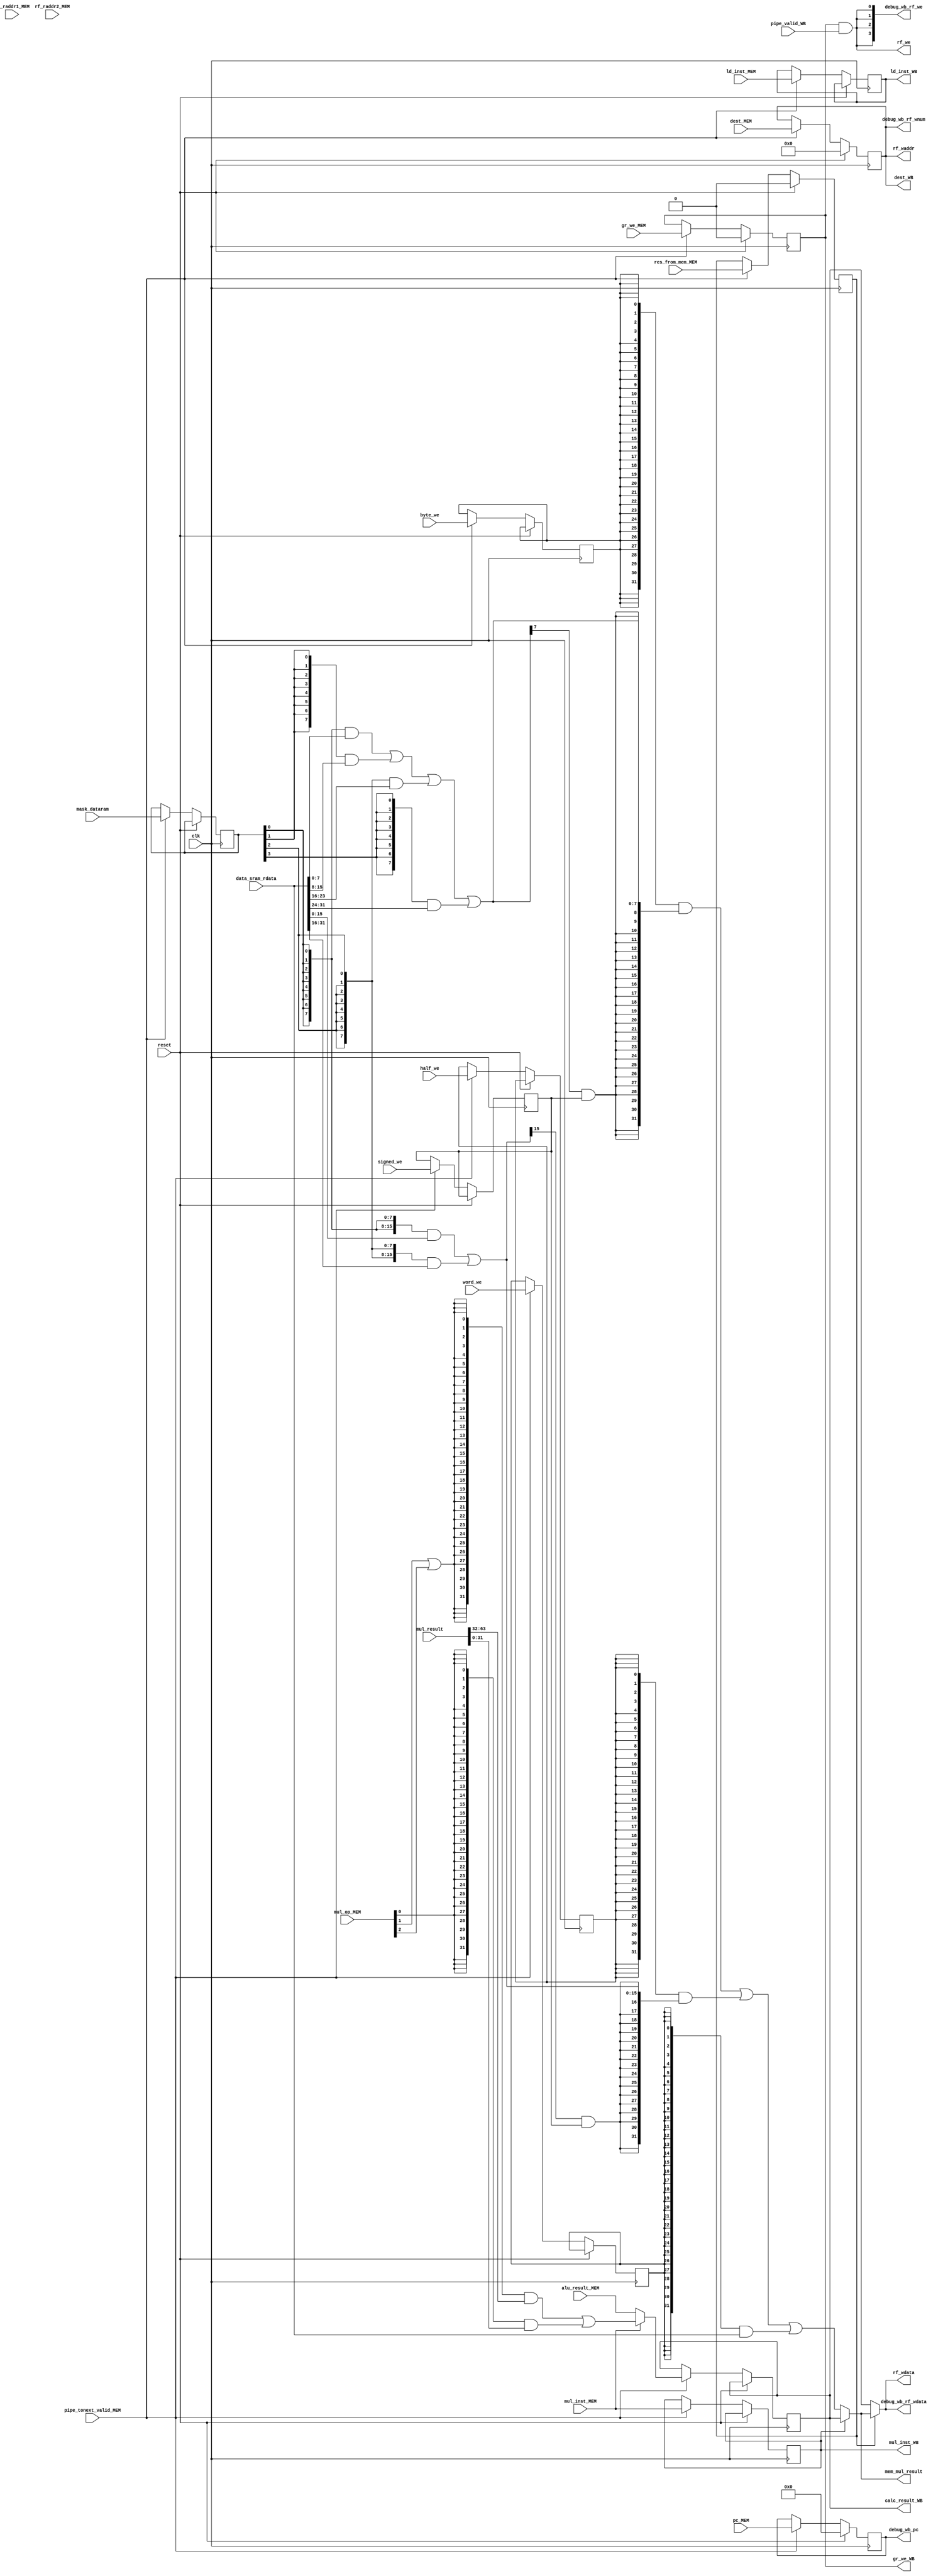
`define RADDR	5
`define BYTE	8
`define HALF	16
`define WORD	32
`define WIDTH	32
`define DWIDTH	64
`define R0		5'b00000

module stage_WB (
	input  wire                  clk,
	input  wire                  reset, // localized reset signal

	// input from stage controller
	input  wire                  pipe_tonext_valid_MEM, // allow WB stage to accept new instruction
	input  wire                  pipe_valid_WB, // WB stage is valid
	input  wire [`WIDTH - 1 : 0] data_sram_rdata,

	// input from MEM
	input  wire [`WIDTH - 1 : 0] pc_MEM, alu_result_MEM, 
	input  wire [`DWIDTH - 1: 0] mul_result,   // mul
	input  wire [`RADDR - 1 : 0] rf_raddr1_MEM, rf_raddr2_MEM, dest_MEM,
	input  wire [         3 : 0] mask_dataram,
	input  wire                  byte_we, half_we, word_we, signed_we,
	input  wire                  ld_inst_MEM,
	input  wire					 mul_inst_MEM, // mul
	input  wire  [		  2 : 0] mul_op_MEM, // mul
	input  wire                  res_from_mem_MEM, gr_we_MEM,

	// output
	output reg                   ld_inst_WB,
	output reg					 mul_inst_WB, // mul - to make mul treat as ld in forwarding
	output reg                   gr_we_WB,

	output wire                  rf_we,			// register file write enable
	output wire [`RADDR - 1 : 0] rf_waddr,		// register file write address
	output reg  [`RADDR - 1 : 0] dest_WB,			// destination register number
	output wire [`WIDTH - 1 : 0] rf_wdata,		// register file write data
	output reg  [`WIDTH - 1 : 0] calc_result_WB,	// ALU result
	output wire [`WIDTH - 1 : 0] mem_mul_result, 

	output wire [`WIDTH - 1 : 0] debug_wb_pc,			// debug info
	output wire [         3 : 0] debug_wb_rf_we,		// debug info
	output wire [`RADDR - 1 : 0] debug_wb_rf_wnum,	// debug info
	output wire [`WIDTH - 1 : 0] debug_wb_rf_wdata	// debug info
);

	/* --------------------------------------
		MEM -> WB
	-------------------------------------- */

	reg [`WIDTH - 1 : 0] pc_WB;
	// reg [`WIDTH - 1 : 0] alu_result_WB;
	// reg [`WIDTH - 1 : 0] mem_result_WB;

	// reg [4:0] rf_raddr1_WB;
	// reg [4:0] rf_raddr2_WB;
	// reg [4:0] dest_WB;

	reg [3:0] mask_dataram_WB;
	reg byte_we_WB;
	reg half_we_WB;
	reg word_we_WB;
	reg signed_we_WB;

	// reg ld_inst_WB;	// load
	reg res_from_mem_WB;
	// reg gr_we_WB;

	always @(posedge clk) begin
		if (reset) begin
			pc_WB         <= `WIDTH'h0;
			// alu_result_WB <= `WIDTH'h0;
			// mem_result_WB <= `WIDTH'h0;

			res_from_mem_WB <= 1'b0;
			gr_we_WB        <= 1'b0;
			dest_WB         <= `RADDR'h0;
		end
		else if (pipe_tonext_valid_MEM) begin
			pc_WB         <= pc_MEM;
			calc_result_WB <= mul_inst_MEM ? 
							( {`WIDTH{mul_op_MEM[1] | mul_op_MEM[2]}} & mul_result[`DWIDTH - 1 : `WIDTH]
							| {`WIDTH{mul_op_MEM[0]                }} & mul_result[`WIDTH  - 1 : 0     ] )
							: alu_result_MEM;
			// mem_result_WB <= mem_result;
			
			// rf_raddr1_WB <= rf_raddr1_MEM;
			// rf_raddr2_WB <= rf_raddr2_MEM;
			dest_WB         <= dest_MEM;

			mask_dataram_WB <= mask_dataram;
			byte_we_WB      <= byte_we;
			half_we_WB      <= half_we;
			word_we_WB      <= word_we;
			signed_we_WB    <= signed_we;
		
			ld_inst_WB  <= ld_inst_MEM;
			mul_inst_WB <= mul_inst_MEM; // mul

			res_from_mem_WB <= res_from_mem_MEM;
			gr_we_WB        <= gr_we_MEM;
		end
	end

	/* --------------------------------------
		WB stage
	-------------------------------------- */


	// register file write enable
	wire [`BYTE - 1 : 0] byte_rd_rs;
	wire [`HALF - 1 : 0] half_rd_rs;

	// data read from MEM section
	wire [`WIDTH - 1 : 0] data_r_dataram;
	wire [`WIDTH - 1 : 0] final_result;

	// the result read from memory (data SRAM)
	assign byte_rd_rs = {`BYTE{mask_dataram_WB[0]}} & data_sram_rdata[`BYTE * 0 +: `BYTE]
					  | {`BYTE{mask_dataram_WB[1]}} & data_sram_rdata[`BYTE * 1 +: `BYTE]
					  | {`BYTE{mask_dataram_WB[2]}} & data_sram_rdata[`BYTE * 2 +: `BYTE]
					  | {`BYTE{mask_dataram_WB[3]}} & data_sram_rdata[`BYTE * 3 +: `BYTE]
	;
	// assign byte_rd_rs = {`BYTE{mask_dataram_WB[0]}} & data_sram_rdata[ 7: 0]
	// 				  | {`BYTE{mask_dataram_WB[1]}} & data_sram_rdata[15: 8]
	// 				  | {`BYTE{mask_dataram_WB[2]}} & data_sram_rdata[23:16]
	// 				  | {`BYTE{mask_dataram_WB[3]}} & data_sram_rdata[`WIDTH - 1 : 24]
	// ;
	assign half_rd_rs = {`HALF{mask_dataram_WB[0]}} & data_sram_rdata[`HALF * 0 +: `HALF]
					  | {`HALF{mask_dataram_WB[2]}} & data_sram_rdata[`HALF * 1 +: `HALF]
	;

	assign data_r_dataram = {`WIDTH{byte_we_WB}} & {{`WORD - `BYTE{byte_rd_rs[`BYTE - 1] & signed_we_WB}}, byte_rd_rs}
						  | {`WIDTH{half_we_WB}} & {{`WORD - `HALF{half_rd_rs[`HALF - 1] & signed_we_WB}}, half_rd_rs}
						  | {`WIDTH{word_we_WB}} &                                                    data_sram_rdata
	;

	assign mem_mul_result = mul_inst_WB ? calc_result_WB : data_r_dataram;  // for ld or mul forwarding
	// mul_inst_WB and res_from_mem_WB can't be all 1 at the same time

	// the final result that will be written to register file
	assign final_result = res_from_mem_WB ? mem_mul_result : calc_result_WB;



	assign rf_we    = gr_we_WB && pipe_valid_WB;
	assign rf_waddr = dest_WB;
	assign rf_wdata = final_result;

	// debug info generate
	assign debug_wb_pc       = pc_WB;
	assign debug_wb_rf_we    = {4{rf_we}};
	assign debug_wb_rf_wnum  = dest_WB;
	assign debug_wb_rf_wdata = final_result;



endmodule